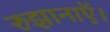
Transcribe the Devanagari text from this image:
रुझानाऍ।